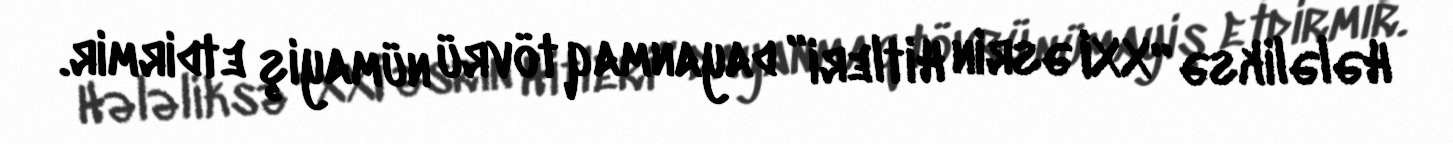
Hələliksə “XXI əsrin Hitleri” dayanmaq tövrü nümayiş etdirmir.